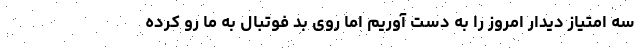
سه امتیاز دیدار امروز را به دست آوریم اما روی بد فوتبال به ما رو کرده